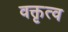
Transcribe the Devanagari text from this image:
वक्तृत्‍व